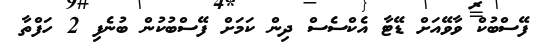
ފޭސްބުކް ވާވޭއަށް ޑޭޓާ އެކްސެސް ދިން ކަމަށް ފޭސްބުކުން ބުނެފި 2 ހަފްތާ